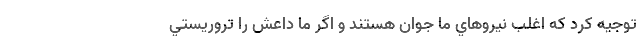
توجيه كرد كه اغلب نيروهاي ما جوان هستند و اگر ما داعش را تروريستي